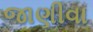
જાણીવા